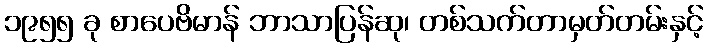
၁၉၅၅ ခု စာပေဗိမာန် ဘာသာပြန်ဆု၊ တစ်သက်တာမှတ်တမ်းနှင့်